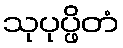
သုပုပ္ဖိတံ